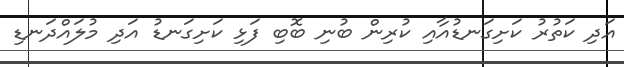
އަދި ކަތުރު ކަށިގަނޑުއާއި ކުރިން ބުނި ބޮބި ފަޅި ކަށިގަނޑު އަދި މުލައްދަނޑި